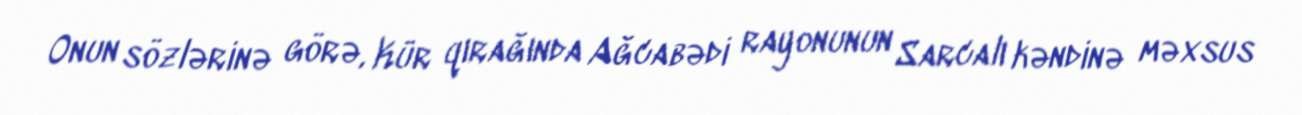
Onun sözlərinə görə, Kür qırağında Ağcabədi rayonunun Sarcalı kəndinə məxsus